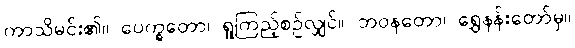
ကာသိမင်း၏။ ပေက္ခတော၊ ရှုကြည့်စဉ်လျှင်။ ဘဝနတော၊ ရွှေနန်းတော်မှ။